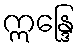
ဣန္ဒြေ